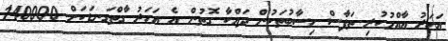
އަހަރު އާއްމުކުރި ތަފާސް ހިސާބުތަކުން ދައްކާ ގޮތުން އެ އަހަރު ގާތްގަނޑަކަށް 140000